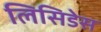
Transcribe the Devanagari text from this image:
लिसिडेस